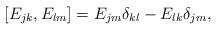
LaTeX: \begin{align*}[E_{j k}, E_{l m}] = E_{j m} \delta_{k l} - E_{l k} \delta_{jm},\end{align*}